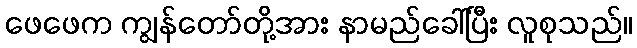
ဖေဖေက ကျွန်တော်တို့အား နာမည်ခေါ်ပြီး လူစုသည်။